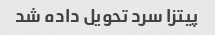
پیتزا سرد تحویل داده شد